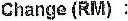
CHANGE (RM) :